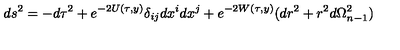
d s ^ { 2 } = - d \tau ^ { 2 } + e ^ { - 2 U ( \tau , y ) } \delta _ { i j } d x ^ { i } d x ^ { j } + e ^ { - 2 W ( \tau , y ) } ( d r ^ { 2 } + r ^ { 2 } d \Omega _ { n - 1 } ^ { 2 } )